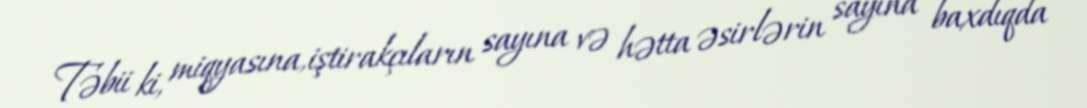
Təbii ki, miqyasına, iştirakçıların sayına və hətta əsirlərin sayına baxdıqda